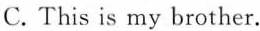
C. This is my brother.